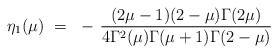
\begin{align*}\eta_1(\mu) ~=~ - \, \frac{(2\mu-1)(2-\mu) \Gamma(2\mu)}{4\Gamma^2(\mu)\Gamma(\mu+1) \Gamma(2-\mu)}\end{align*}